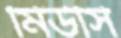
মিউসি